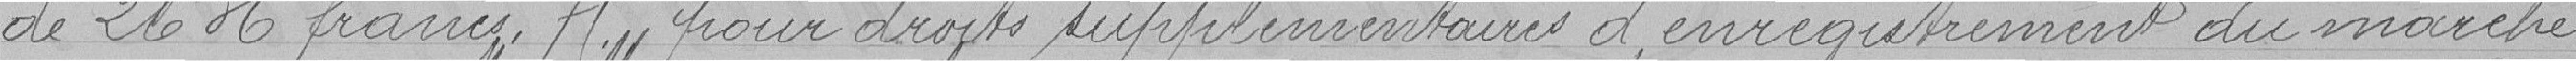
de 2636 francs.75 pour droits supplémentaires d'enregistrement du marché